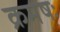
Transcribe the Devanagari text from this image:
क्रमषः